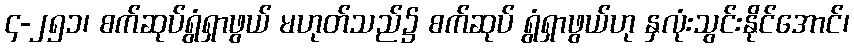
၄-၂၅၁၊ စက်ဆုပ်ရွံရှာဖွယ် မဟုတ်သည်၌ စက်ဆုပ် ရွံရှာဖွယ်ဟု နှလုံးသွင်းနိုင်အောင်၊